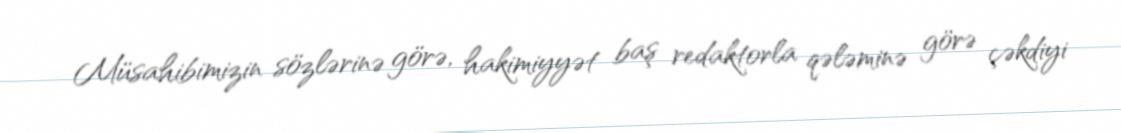
Müsahibimizin sözlərinə görə, hakimiyyət baş redaktorla qələminə görə çəkdiyi